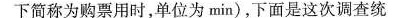
下简称为购票用时，单位为min)，下面是这次调查统